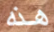
هذه